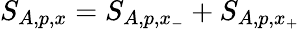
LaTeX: S_{A,p,x}=S_{A,p,x_{-}}+S_{A,p,x_{+}}